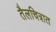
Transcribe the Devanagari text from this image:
तैलचित्रात